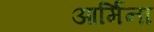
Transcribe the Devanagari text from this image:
आर्मिना